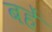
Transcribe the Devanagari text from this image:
बहें